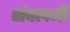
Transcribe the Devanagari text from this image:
संवलनी